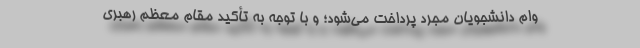
وام دانشجویان مجرد پرداخت می‌شود؛ و با توجه به تأکید مقام معظم رهبری